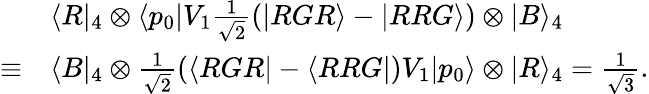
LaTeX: \begin{array}{rl}&{\langle R|_{4}\otimes\langle p_{0}|V_{1}\frac{1}{\sqrt{2}}(|RGR\rangle-|RRG\rangle)\otimes|B\rangle_{4}}\\ {\equiv}&{\langle B|_{4}\otimes\frac{1}{\sqrt{2}}(\langle RGR|-\langle RRG|)V_{1}|p_{0}\rangle\otimes|R\rangle_{4}=\frac{1}{\sqrt{3}}.}\end{array}